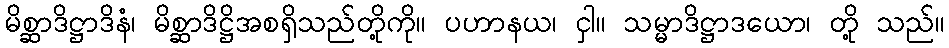
မိစ္ဆာဒိဋ္ဌာဒိနံ၊ မိစ္ဆာဒိဋ္ဌိအစရှိသည်တို့ကို။ ပဟာနယ၊ ငှါ။ သမ္မာဒိဋ္ဌာဒယော၊ တို့ သည်။